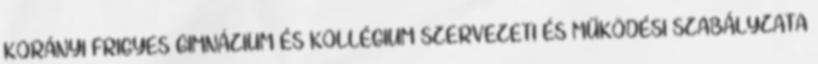
KORÁNYI FRIGYES GIMNÁZIUM ÉS KOLLÉGIUM SZERVEZETI ÉS MŰKÖDÉSI SZABÁLYZATA